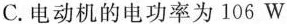
C.电动机的电功率为106W